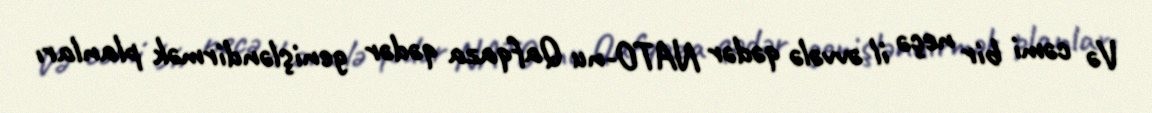
Və cəmi bir neçə il əvvələ qədər NATO-nu Qafqaza qədər genişləndirmək planları